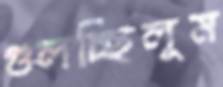
গুলচ্ছিলুম